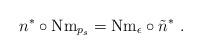
LaTeX: \begin{align*} n^* \circ \mbox{Nm}_{p_s} = \mbox{Nm}_{\epsilon} \circ \tilde{n}^*\ .\end{align*}